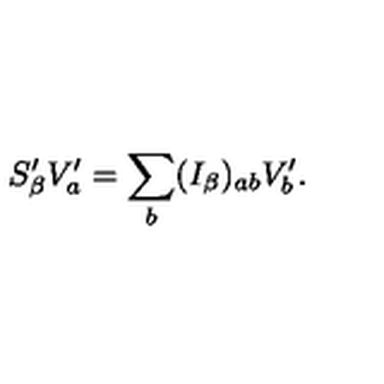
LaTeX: S _ { \beta } ^ { \prime } V _ { a } ^ { \prime } = \sum _ { b } ( I _ { \beta } ) _ { a b } V _ { b } ^ { \prime } .